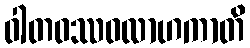
ဝါတဝဿဝလာဟကာတိ